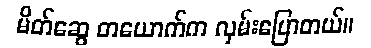
မိတ်ဆွေ တယောက်က လှမ်းပြောတယ်။